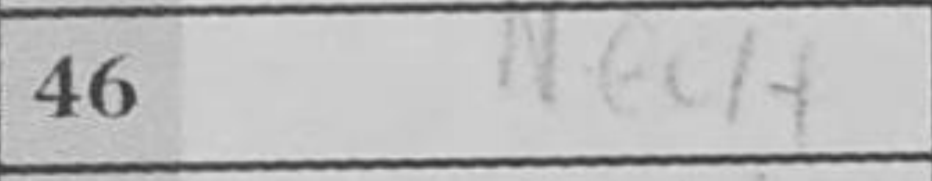
Transcription: Ne4+